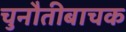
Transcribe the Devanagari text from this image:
चुनौतीबाचक